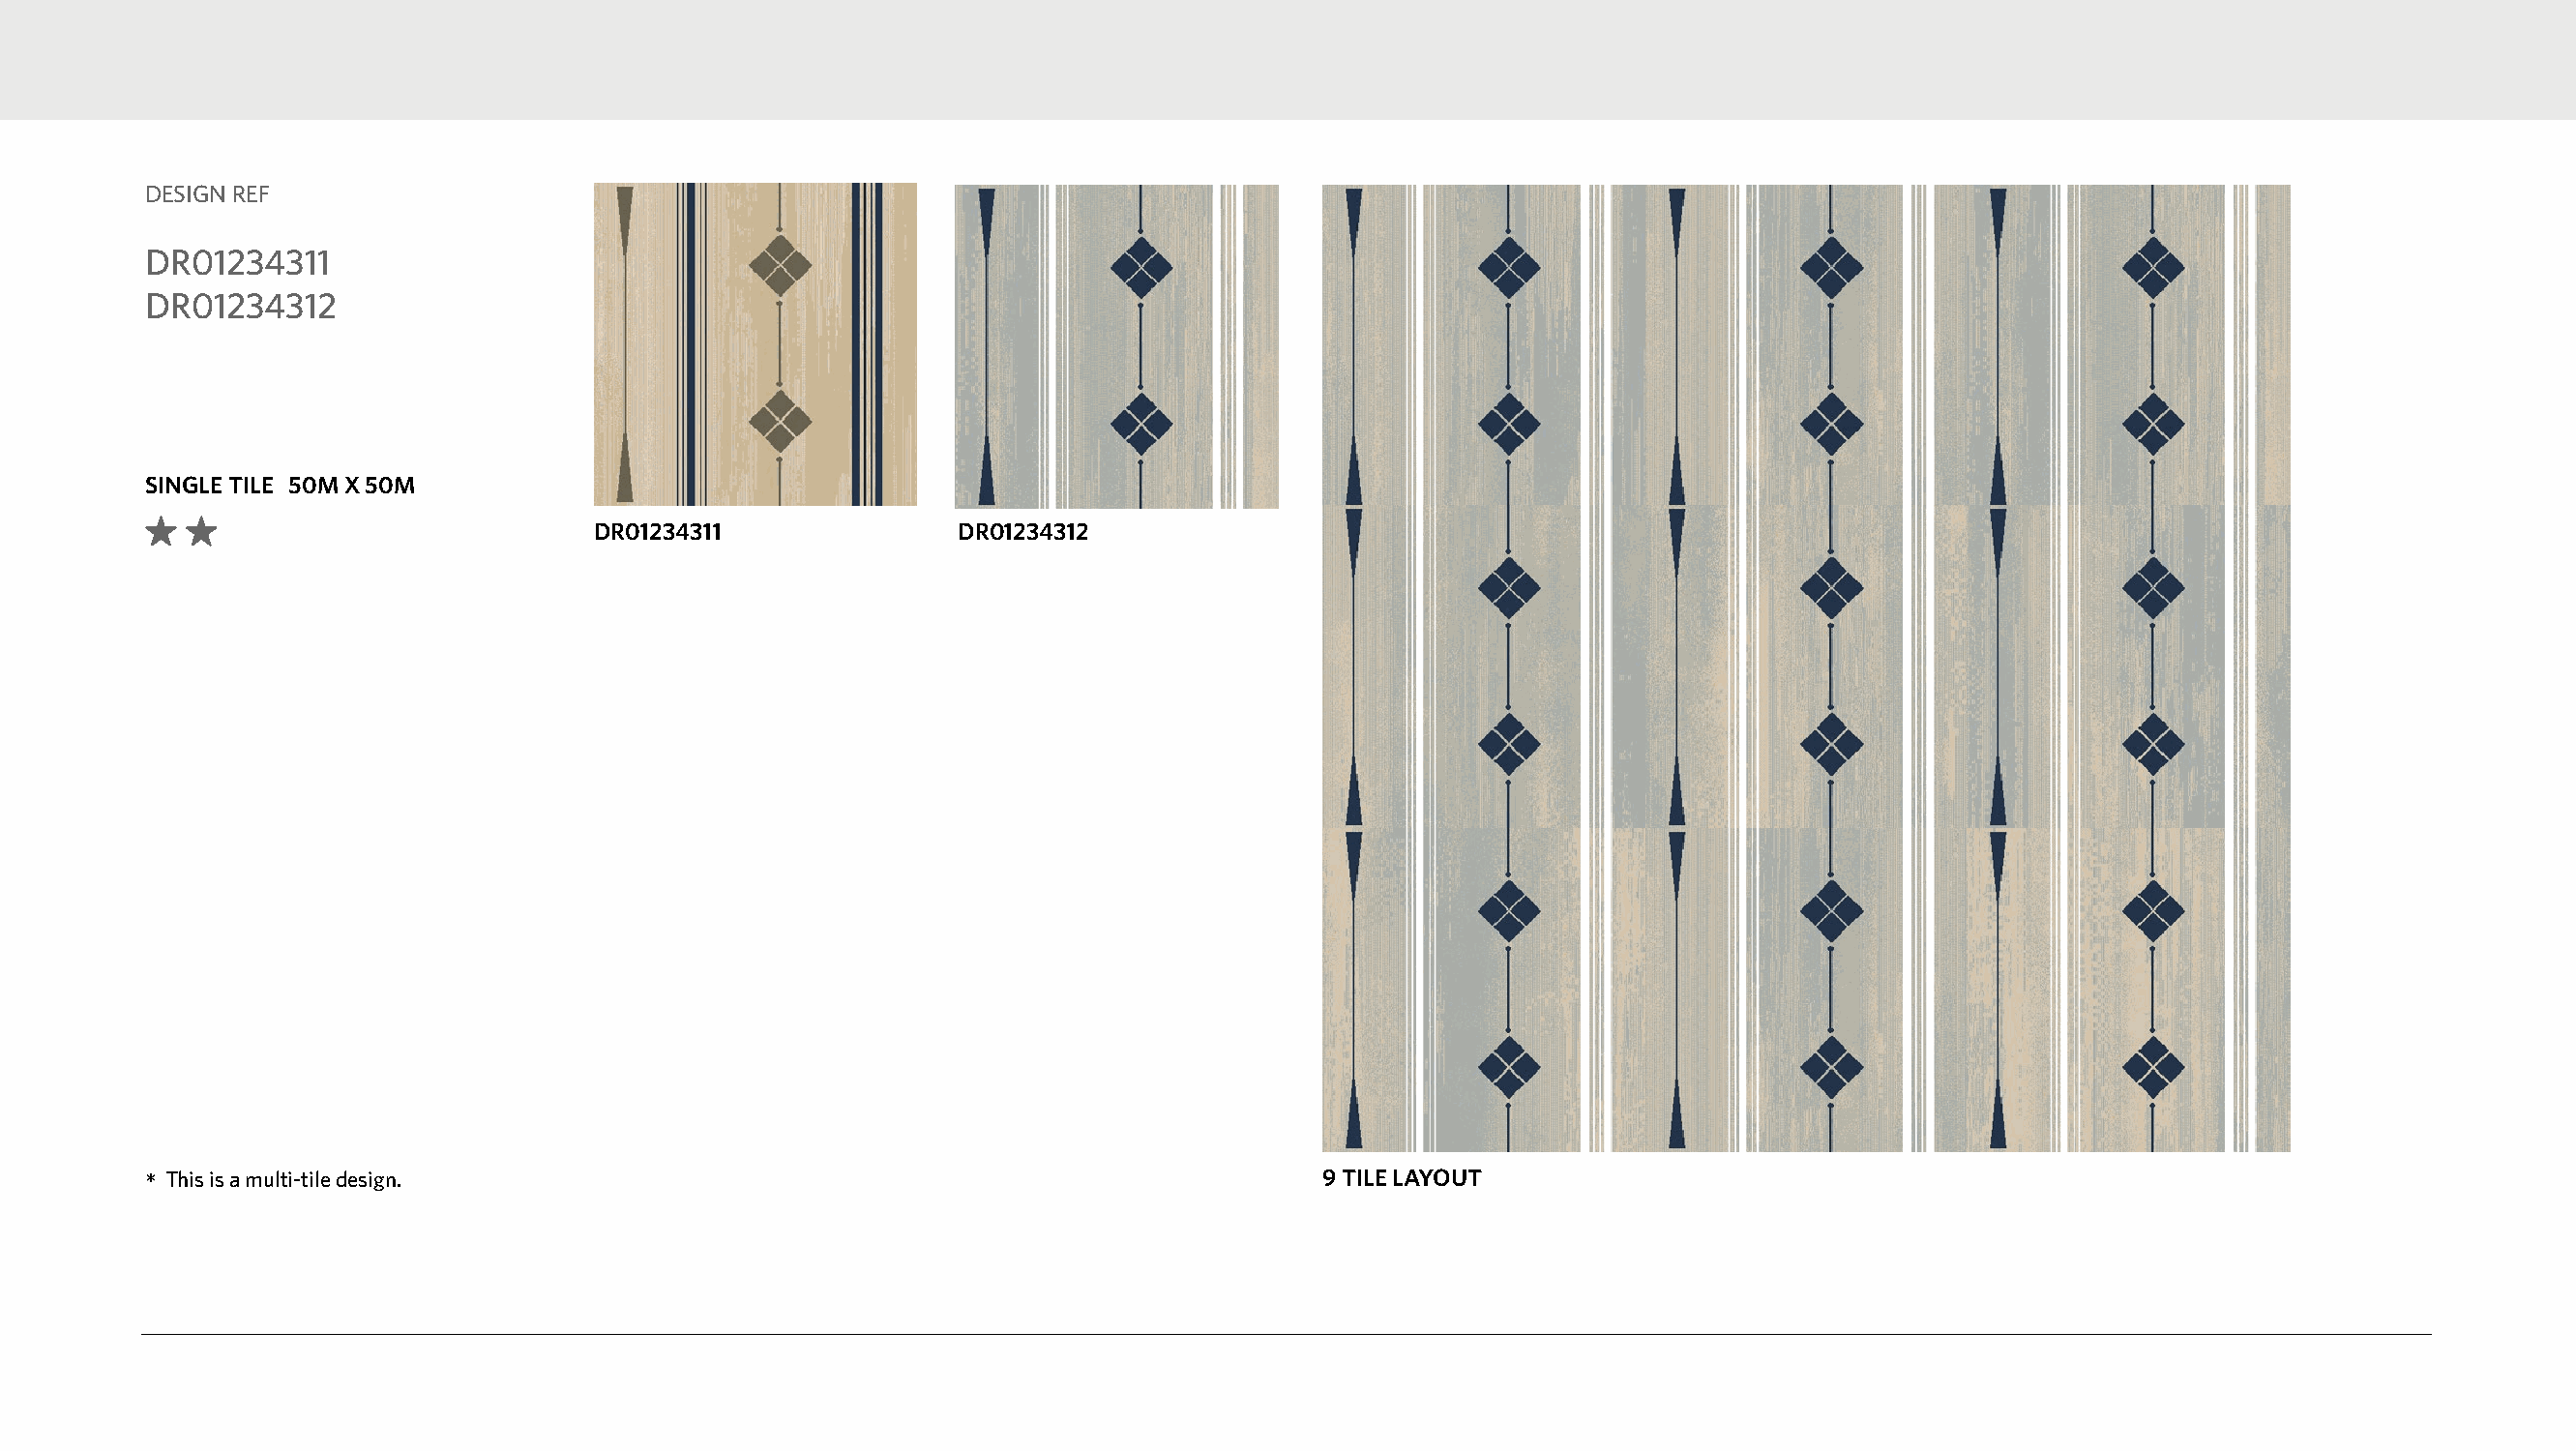
DESIGN REF
 DR01234311
 DR01234312
 SINGLE TILE 50M X 50M
 DR01234311               DR01234312
 *This is a multi-tile design.                                                    9 TILE LAYOUT